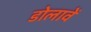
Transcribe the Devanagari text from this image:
डोलावें